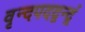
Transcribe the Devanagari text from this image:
वृन्दपदद्वन्द्वं